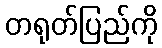
တရုတ်ပြည်ကို